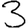
Digit: 3